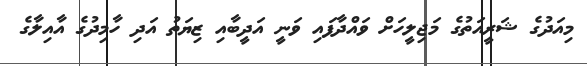
މިއަދުގެ ޝަރީއަތުގެ މަޖިލީހަށް ވައްދާފައި ވަނީ އަދީބާއި ޒިޔަތު އަދި ހާމިދުގެ އާއިލާގެ